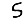
Digit: 5